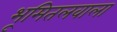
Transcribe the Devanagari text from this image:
भूमितलवाला